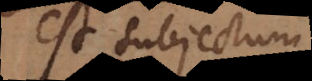
est subjectum